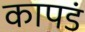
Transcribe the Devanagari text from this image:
कापडं